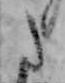
た